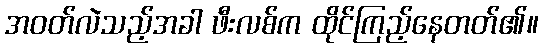
အဝတ်လဲသည့်အခါ ဖီးလစ်က ထိုင်ကြည့်နေတတ်၏။